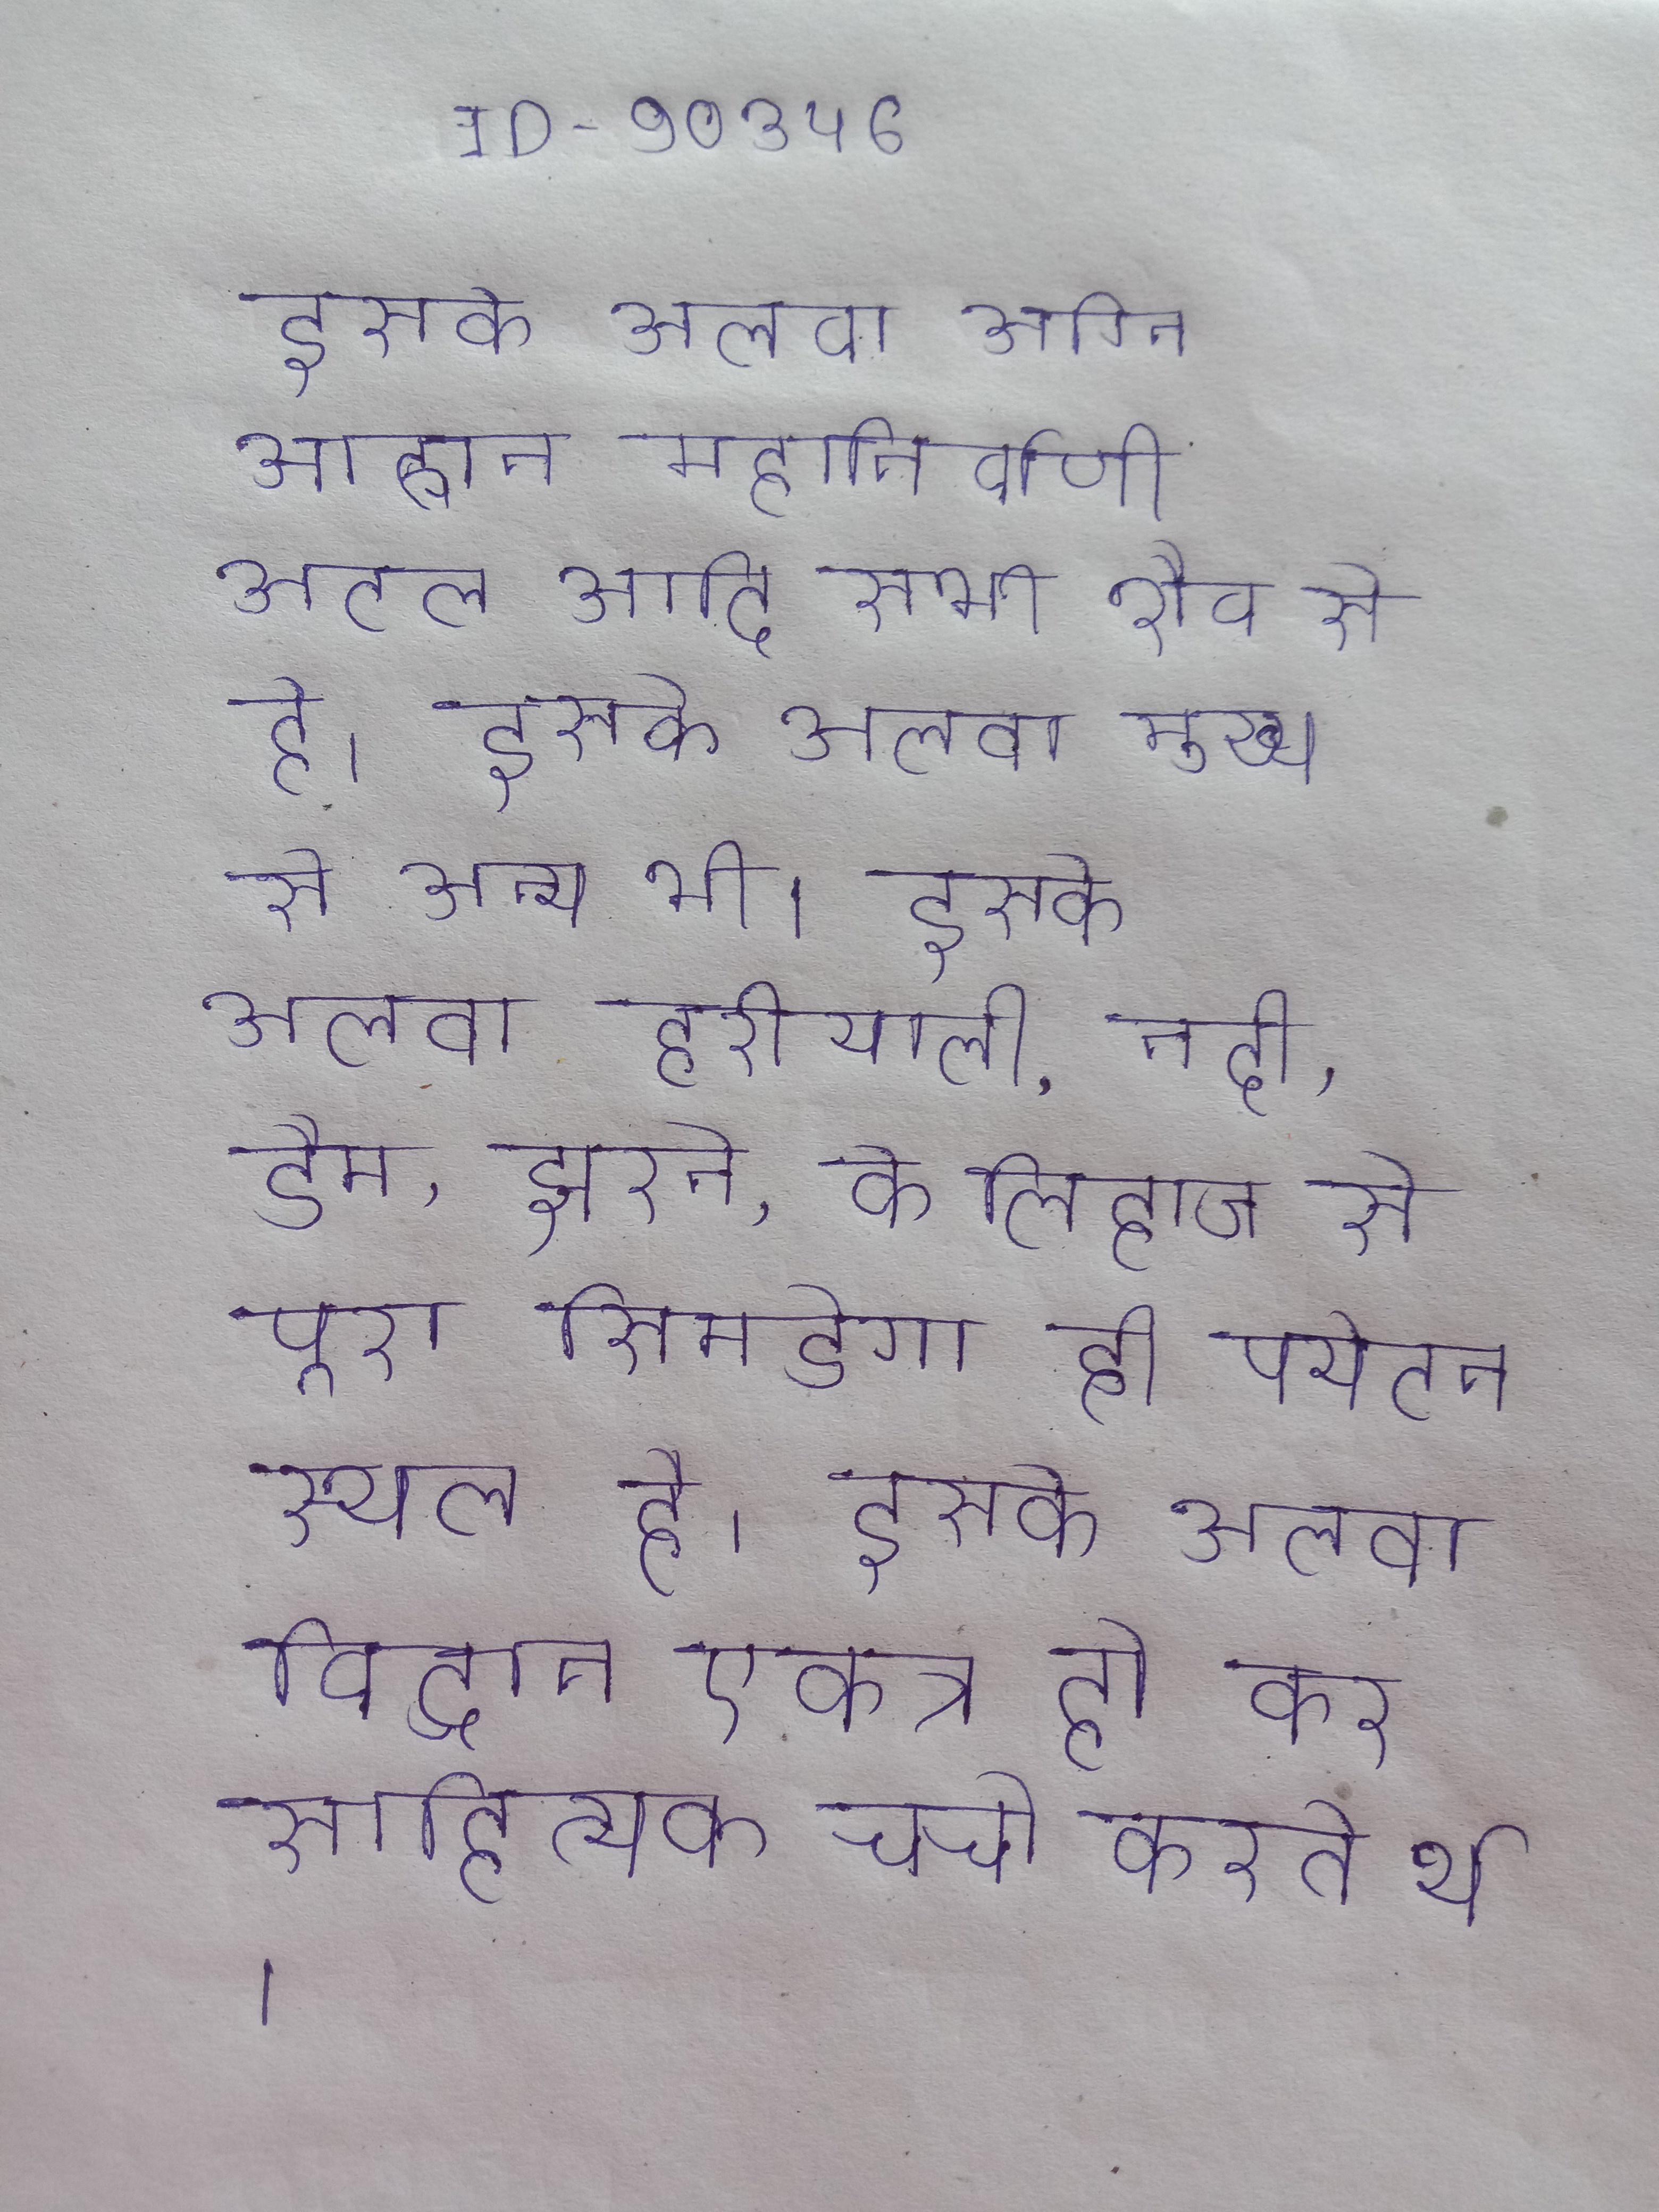
इसके अलवा अग्नि आह्वान महानिर्वाणी अटल आदि सभी शैव से है । इसके अलवा मुख्य से अन्य भी । इसके अलवा हरीयाली, नदी, डैम, झरने, के लिहाज से पूरा सिमडेगा ही पर्यटन स्थल है । इसके अलवा विद्वान एकत्र हो कर साहित्यक चर्चा करते थे ।